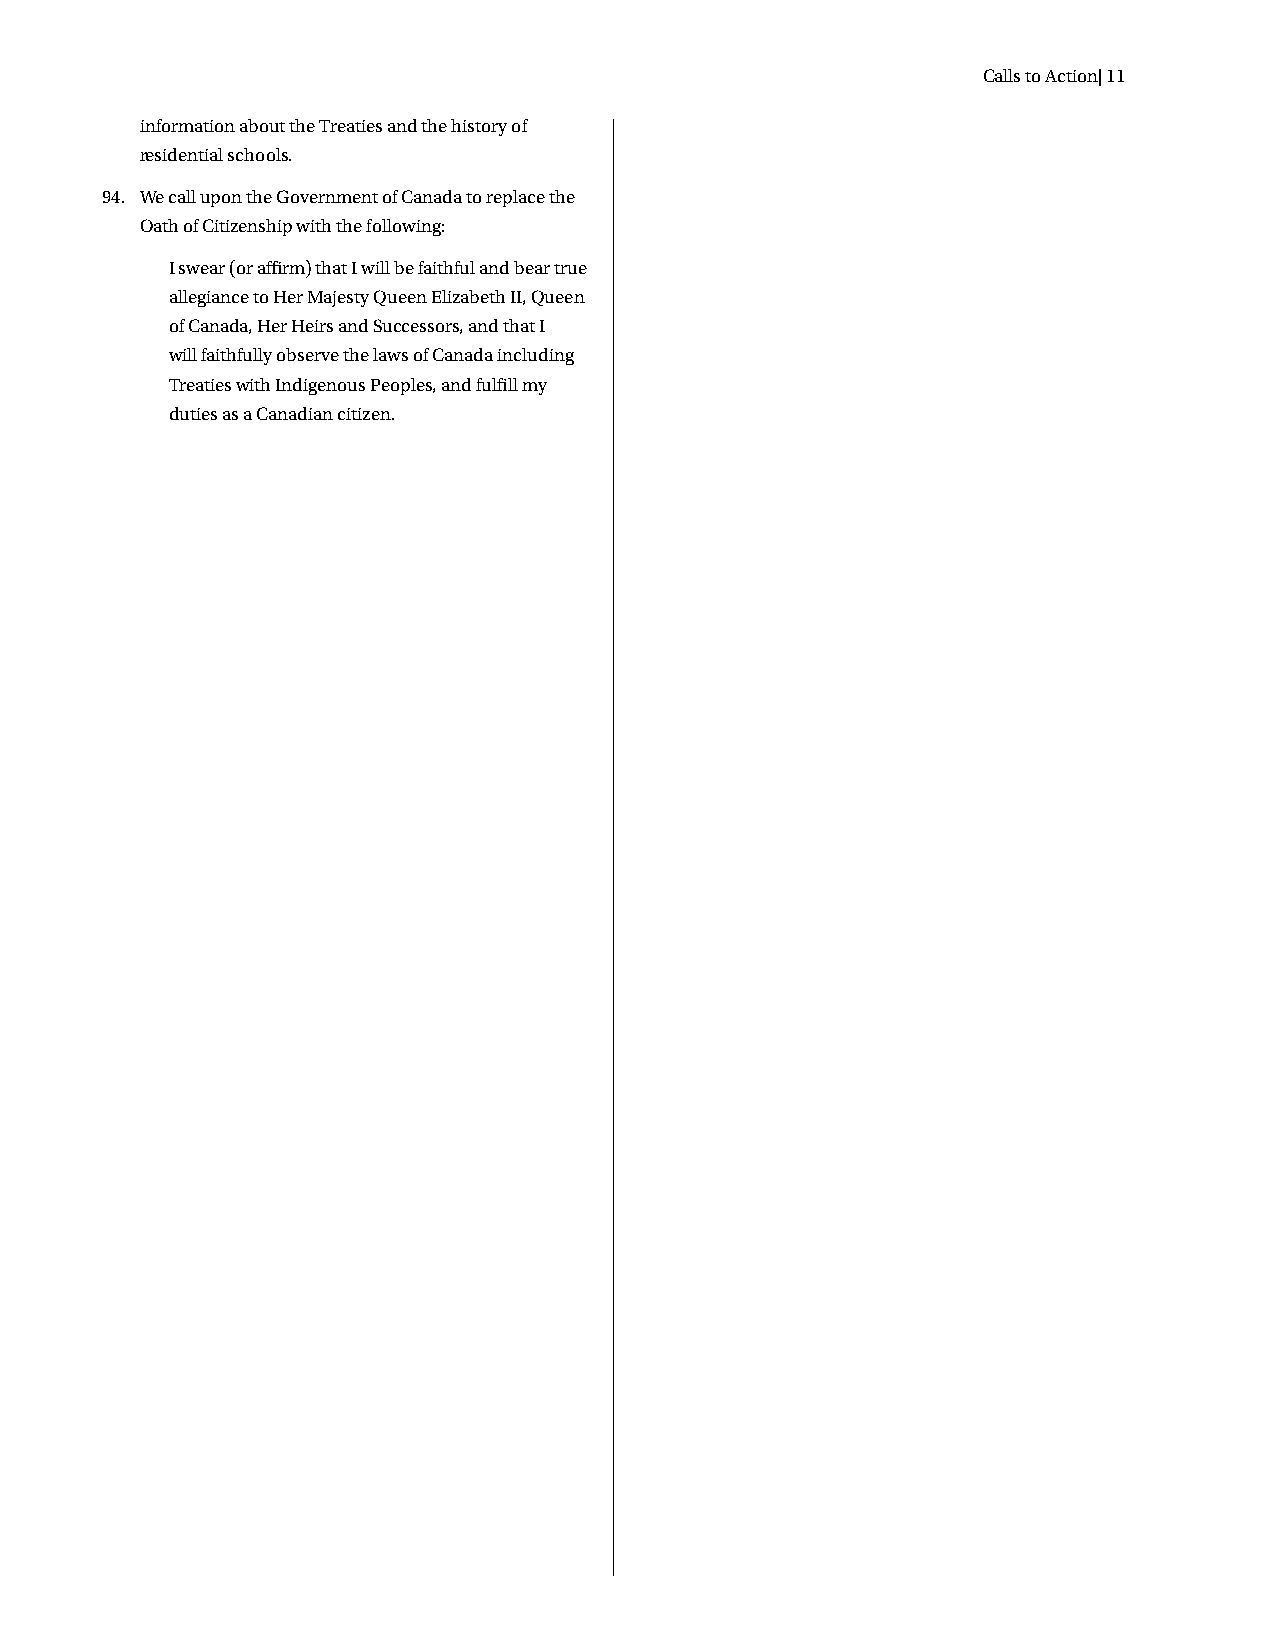
Calls to Action| 11
 information about the Treaties and the history of
 residential schools.
 94. We call upon the Government of Canada to replace the
 Oath of Citizenship with the following:
 I swear (or affirm) that I will be faithful and bear true
 allegiance to Her Majesty Queen Elizabeth II, Queen
 of Canada, Her Heirs and Successors, and that I
 will faithfully observe the laws of Canada including
 Treaties with Indigenous Peoples, and fulfill my
 duties as a Canadian citizen.